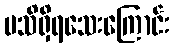
မသိရှိရသေးကြောင်း